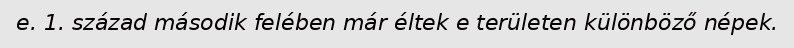
e. 1. század második felében már éltek e területen különböző népek.